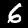
Digit: 6